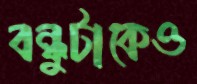
বন্ধুটাকেও